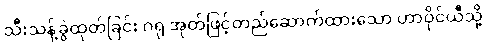
သီးသန့်ခွဲထုတ်ခြင်း ဂရု အုတ်ဖြင့်တည်ဆောက်ထားသော ဟာဝိုင်ယီသို့